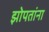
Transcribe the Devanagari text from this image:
झोपतांना